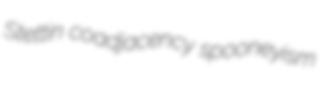
Stettin coadjacency spooneyism